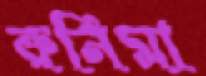
রুনিমা